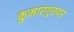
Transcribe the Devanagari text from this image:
कुमारगुरुपर